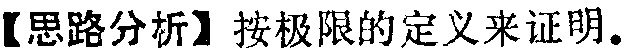
【思路分析】按极限的定义来证明。